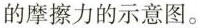
的摩擦力的示意图。